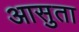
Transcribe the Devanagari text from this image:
आसुता